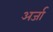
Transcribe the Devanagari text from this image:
अर्जा